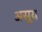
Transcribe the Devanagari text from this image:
असूय